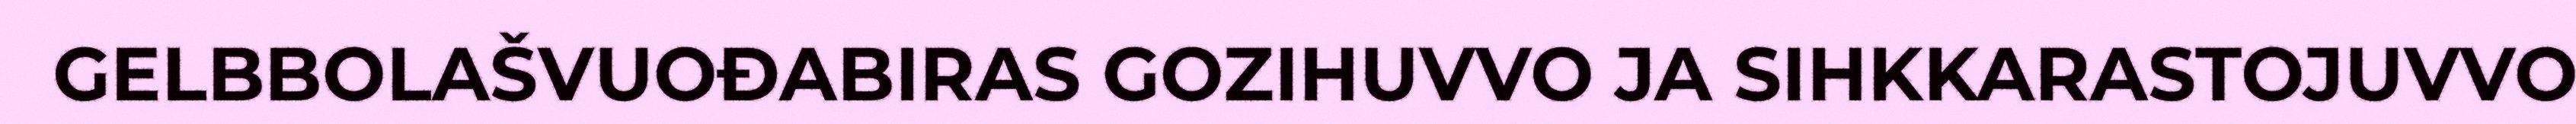
GELBBOLAŠVUOĐABIRAS GOZIHUVVO JA SIHKKARASTOJUVVO